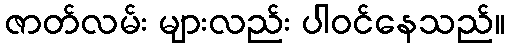
ဇာတ်လမ်း များလည်း ပါဝင်နေသည်။